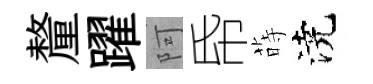
釐躍阿帋蒔澆